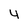
Character: 4